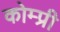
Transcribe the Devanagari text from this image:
कोम्प्री